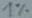
Text: 1%